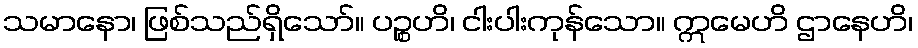
သမာနော၊ ဖြစ်သည်ရှိသော်။ ပဉ္စဟိ၊ ငါးပါးကုန်သော။ ဣမေဟိ ဌာနေဟိ၊